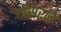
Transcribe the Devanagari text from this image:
चॉसरने